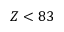
Z < 8 3